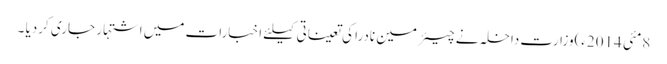
8مئی 2014ء)وزارت داخلہ نے چیئرمین نادرا کی تعیناتی کیلئے اخبارات میں اشتہار جاری کردیا ۔